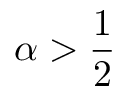
\alpha > { \frac { 1 } { 2 } }